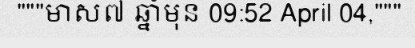
"""មាស៧ ឆ្នាំមុន 09:52 April 04,"""